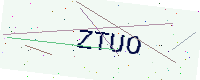
Text: ZTUO